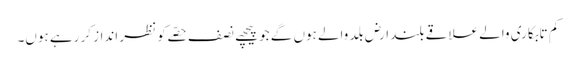
کم تابکاری والے علاقے بلند ارض بلد والے ہوں گے جو پیچھے نصف حصّے کو نظر انداز کر رہے ہوں۔